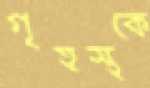
গৃহস্থকে